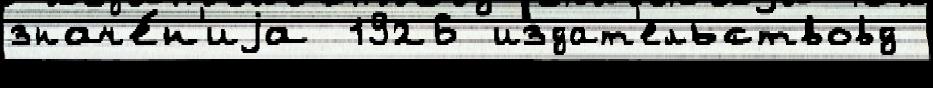
значе́н'иjа 1926 издат'ельствовд